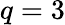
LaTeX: q=3